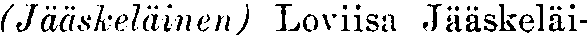
(Jääskeläinen) Loviisa Jääskeläi-